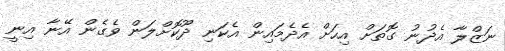
ނަޒްލާ އެދުނު ގޮތަށް އިހަށް އެދެމައިން އެކަނި ދޫކޮށްލަން ވެގެން އޭނާ އިނީ